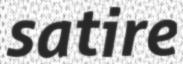
satire